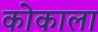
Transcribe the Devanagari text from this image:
कोकाला